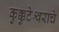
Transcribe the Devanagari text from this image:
कुक्कुटेश्वराचे